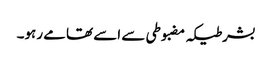
بشرطیکہ مضبوطی سے اسے تھامے رہو۔